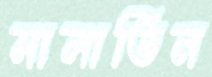
সালাতিন